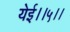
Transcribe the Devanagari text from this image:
येई।।५।।